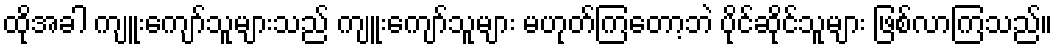
ထိုအခါ ကျူးကျော်သူများသည် ကျူးကျော်သူများ မဟုတ်ကြတော့ဘဲ ပိုင်ဆိုင်သူများ ဖြစ်လာကြသည်။